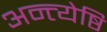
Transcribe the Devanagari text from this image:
अन्त्येष्ठि